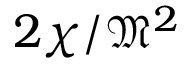
2 \chi / { \mathfrak { M } } ^ { 2 }